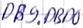
Text: DB9.DBD0